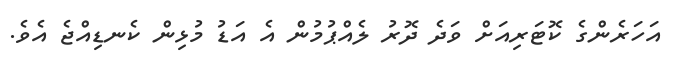
އަހަރެންގެ ކޮޓަރިއަށް ވަދެ ދޮރު ލެއްޕުމުން އެ އަޑު މުޅިން ކެނޑިއްޖެ އެވެ.